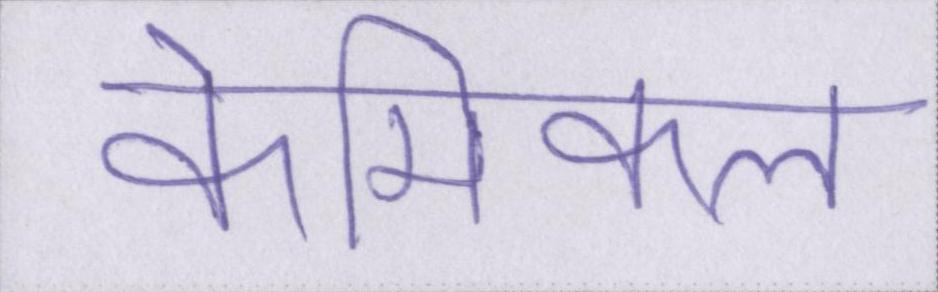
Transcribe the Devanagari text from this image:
केमिकल